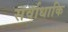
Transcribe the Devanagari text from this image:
सर्वाधाकि